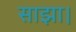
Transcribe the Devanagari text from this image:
साझा।